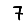
Digit: 7